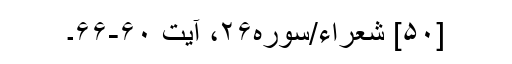
[۵۰] شعراء/سوره۲۶، آیت ۶۰-۶۶۔